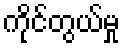
ကိုင်တွယ်မှု